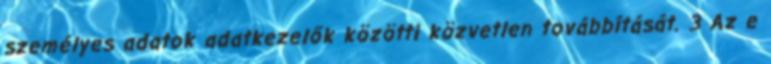
személyes adatok adatkezelők közötti közvetlen továbbítását. 3 Az e